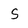
Character: S